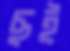
ছই